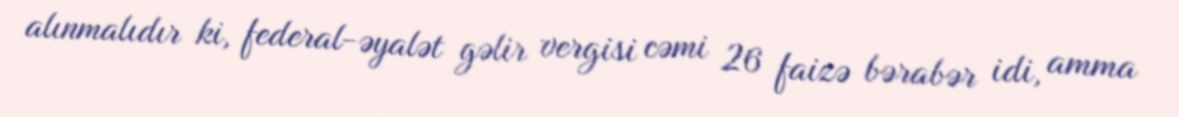
alınmalıdır ki, federal-əyalət gəlir vergisi cəmi 26 faizə bərabər idi, amma